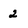
Character: 2